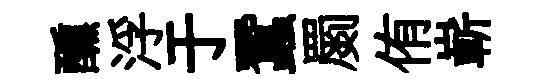
醺浮于蠶罽侑嶄